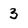
Character: 3